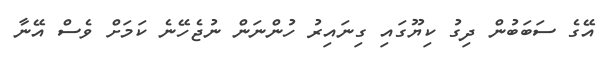
އޭގެ ސަބަބުން ދިގު ކިޔޫގައި ގިނައިރު ހުންނަން ނުޖެހޭނެ ކަމަށް ވެސް އޭނާ